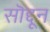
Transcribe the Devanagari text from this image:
सॊद्दून